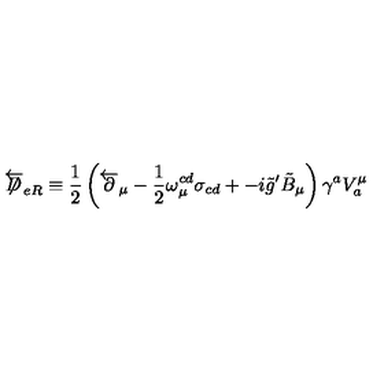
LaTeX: \overleftarrow { \not \! \! D } _ { e R } \equiv \frac { 1 } { 2 } \left( \overleftarrow { \partial } _ { \mu } - \frac { 1 } { 2 } \omega _ { \mu } ^ { c d } \sigma _ { c d } + - i \tilde { g } ^ { \prime } \tilde { B } _ { \mu } \right) \gamma ^ { a } V _ { a } ^ { \mu }